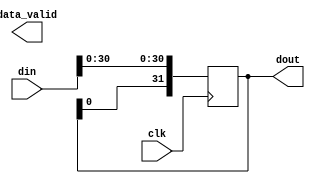
module fifo_delay #(
      //=============
      // Parameters
      //=============
      parameter DATA_WIDTH   = 32,
      parameter DELAY_CYCLES = 1
   ) (
      //=====================
      // Input/Output Ports
      //=====================
      input                   clk,
      input  [DATA_WIDTH-1:0] din,
      output [DATA_WIDTH-1:0] dout,
      //TODO: implement data_valid
      output                  data_valid
   );

   //=================
   // Delay Register
   //=================
   reg [DATA_WIDTH*DELAY_CYCLES-1:0] delay;

   // Syncronous shifting of the data through the register
   always @ (posedge clk)
   begin
      delay[DATA_WIDTH-1:0]                       <= din  [DATA_WIDTH-1:0];
      delay[DATA_WIDTH*DELAY_CYCLES-1:DATA_WIDTH] <= delay[DATA_WIDTH*(DELAY_CYCLES-1):0];
   end
   
   // Assign last slice of register to the data out
   assign dout[DATA_WIDTH-1:0] = delay[DATA_WIDTH*DELAY_CYCLES-1:DATA_WIDTH*(DELAY_CYCLES-1)];
    
endmodule